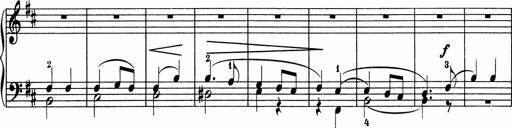
Title: 5 Sonatinen fÃ¼r die Jugend
Composer: Carl Reinecke